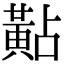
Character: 黇